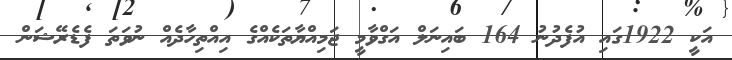
އަކީ 1922ގައި އުފެދުނު 164 ބައިނަލް އަގްވާމީ ޖަމިއްޔާތަކެއްގެ އިއްތިހާދެއް ނުވަތަ ފެޑެރޭޝަން